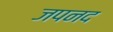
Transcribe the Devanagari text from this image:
जपनद